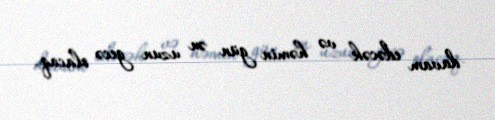
davam edəcək və həmin gün ən uzun gecə olacaq.